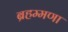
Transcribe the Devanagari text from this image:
ब्रहम्मणा